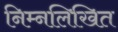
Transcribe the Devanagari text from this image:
निम्नलिखित